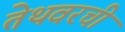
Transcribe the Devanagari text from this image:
तेथवरची